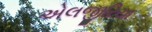
એલજીરિયા